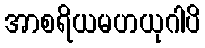
အာစရိယမဟယုဂါပိ